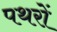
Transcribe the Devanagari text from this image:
पथरों